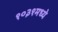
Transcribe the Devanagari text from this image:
१०३१मध्ये